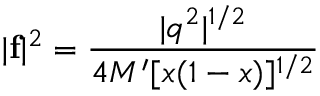
| { \bf f } | ^ { 2 } = \frac { | q ^ { 2 } | ^ { 1 / 2 } } { 4 M ^ { \prime } [ x ( 1 - x ) ] ^ { 1 / 2 } }